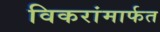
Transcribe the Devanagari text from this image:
विकरांमार्फत